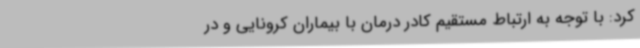
کرد: با توجه به ارتباط مستقیم کادر درمان با بیماران کرونایی و در